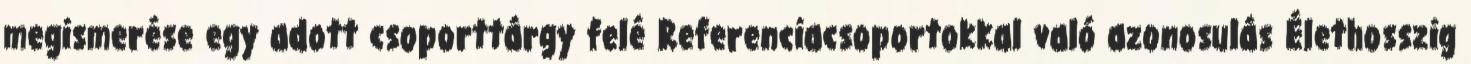
megismerése egy adott csoporttárgy felé Referenciacsoportokkal való azonosulás Élethosszig